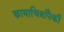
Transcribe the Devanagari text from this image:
छायाचित्रांपैकी